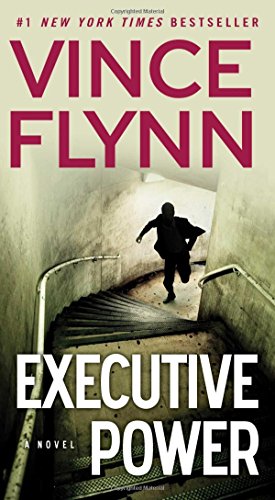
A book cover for Executive Power (The Mitch Rapp Series); Vince Flynn; Mystery, Thriller & Suspense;